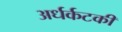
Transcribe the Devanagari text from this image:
अर्धर्कटकी